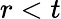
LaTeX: r<t